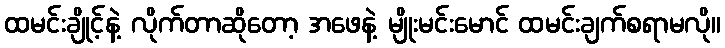
ထမင်းချိုင့်နဲ့ လိုက်တာဆိုတော့ အဖေနဲ့ မျိုးမင်းမောင် ထမင်းချက်စရာမလို။